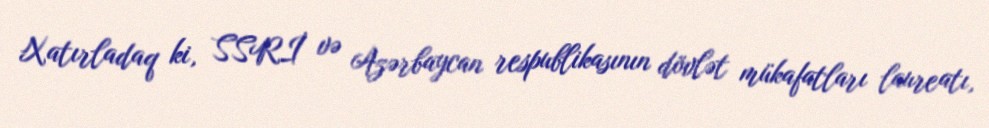
Xatırladaq ki, SSRİ və Azərbaycan respublikasının dövlət mükafatları laureatı,